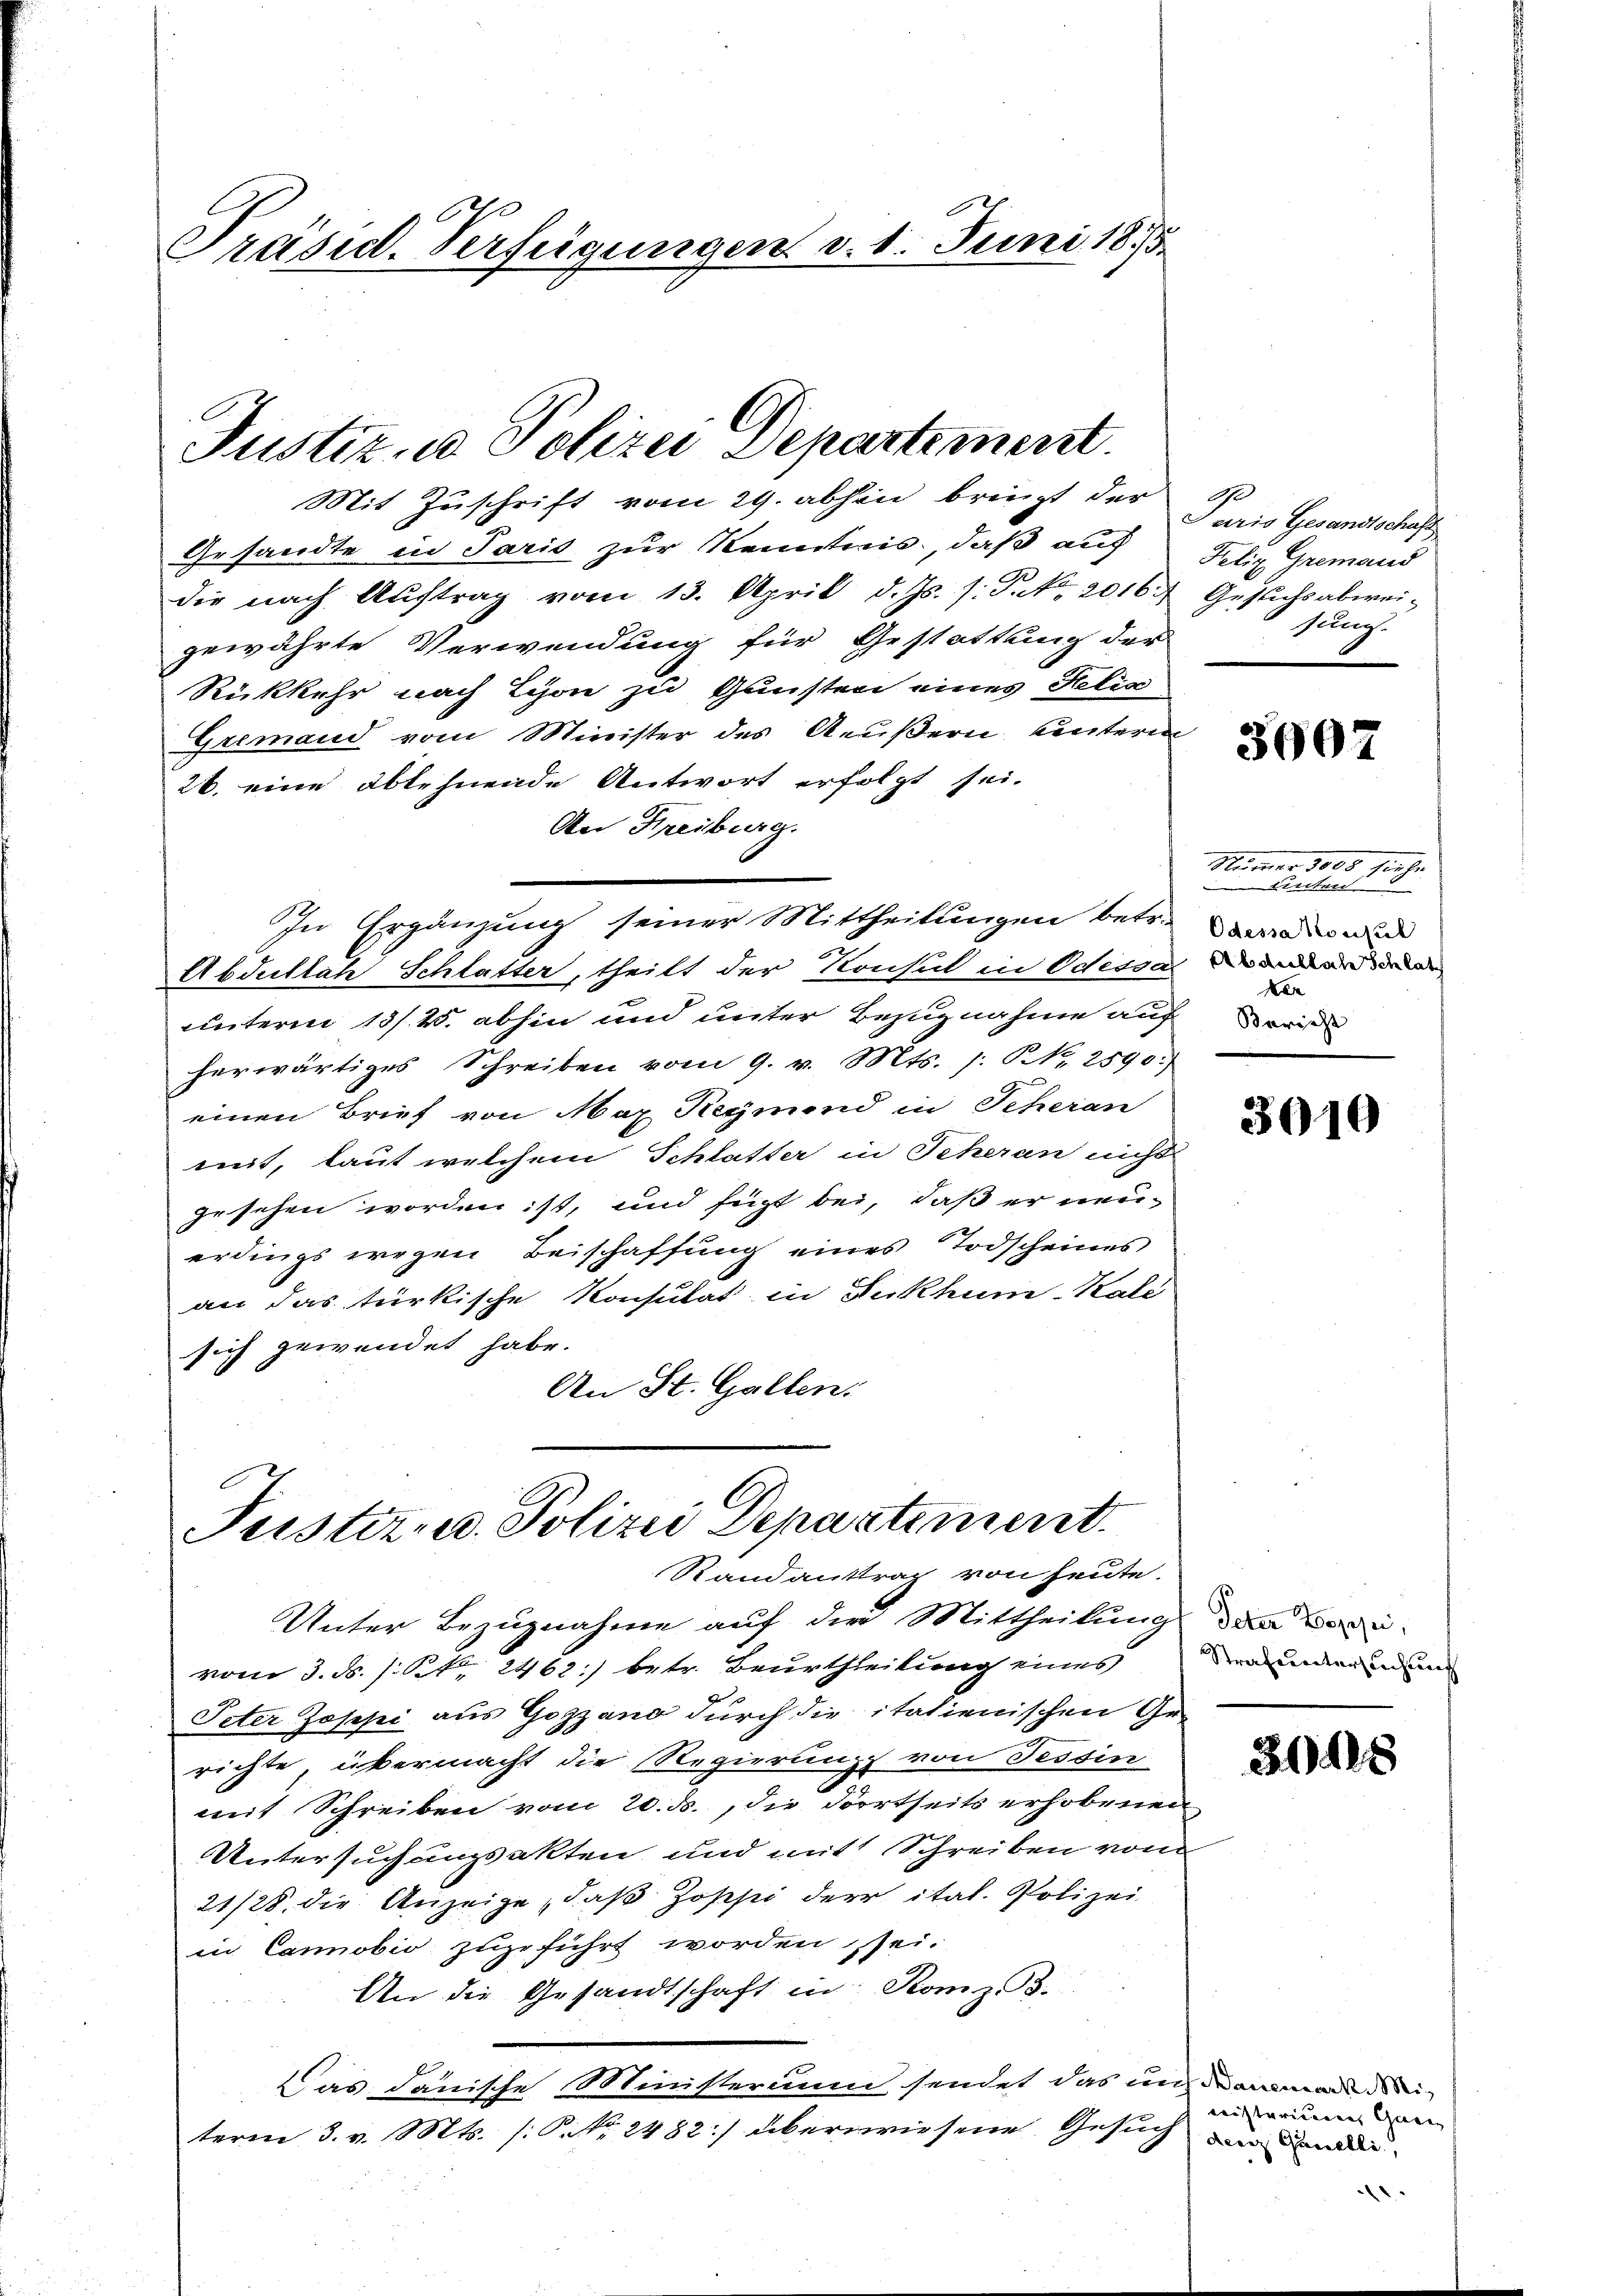
Präsid. Verfügungen d. 1. Juni 1815.

Justiz- u. Polizei Departement

Mit Zuschrift vom 29. abhin bringt der
Gesandte in Paris zur Kenntnis, daß auf Felix Gremand
die nach Auftrag vom 13. April d. Js. s. P. No. 2016.
gewährte Verwendung für Gestattung der
Rückkehr nach Schon zu Gunsten eines Helis
Gremand vom Minister des Aeußern kintern
26. eine ablehnende Antwort erfolgt sei.
An Freiburg.
Abdullah Schlatter, theilt der Konsul in Odessa andenden
unterm 13/4. abhin und unter Bezugnahme auch
herwärtiges Schreiben vom 9. v. Mts. s. Nr. 2590:
einen Brief von Max Regimend in Scheran
mit, laut welchem Schlatter in Scheran nichts
gesehen worden ist, und fügt bei, daß er neuerdings wegen Beischaffung eines Todscheines
an das türkische Konsulat in Burkhum-Kali
sich gewendet habe.
An St. Gallen:

In Ergänzung seiner Mittheilungen betr.

Justiz- u. Polizei Departement.
Randanttrag von heute.

G
Paris Gesandtschaft
Gesuchs abweisung.

Unter Bezugnahme auf die Mittheilung den Beri
vom 3. d. /: N. 2462:) betr. Beurtheilung eines Veränden und
Peter Josefei aus Gozzano durch die italienischen Gerichte, übermacht die Regierung von Tessin
mit Schreiben vom 20. ds., die Dörrtseits erhobenen
Untersuchungsakten und mit Schreiben vom
21/28. die Anzeige daβ Joppi der ital. Polizei
in Canobio zugeführt worden sei.
An die Gesandtschaft in Komp. B.
Das danische Ministerium sendet das und dama
term 3. v. Mts. (: P. Nr. 2482] überwiesene Gesuch in Land¬

3007

Numer 1008 hiehe
tenten 8
Odessa Konsul
ker
Bericht

3010

30408

citurieren Grenz |
.